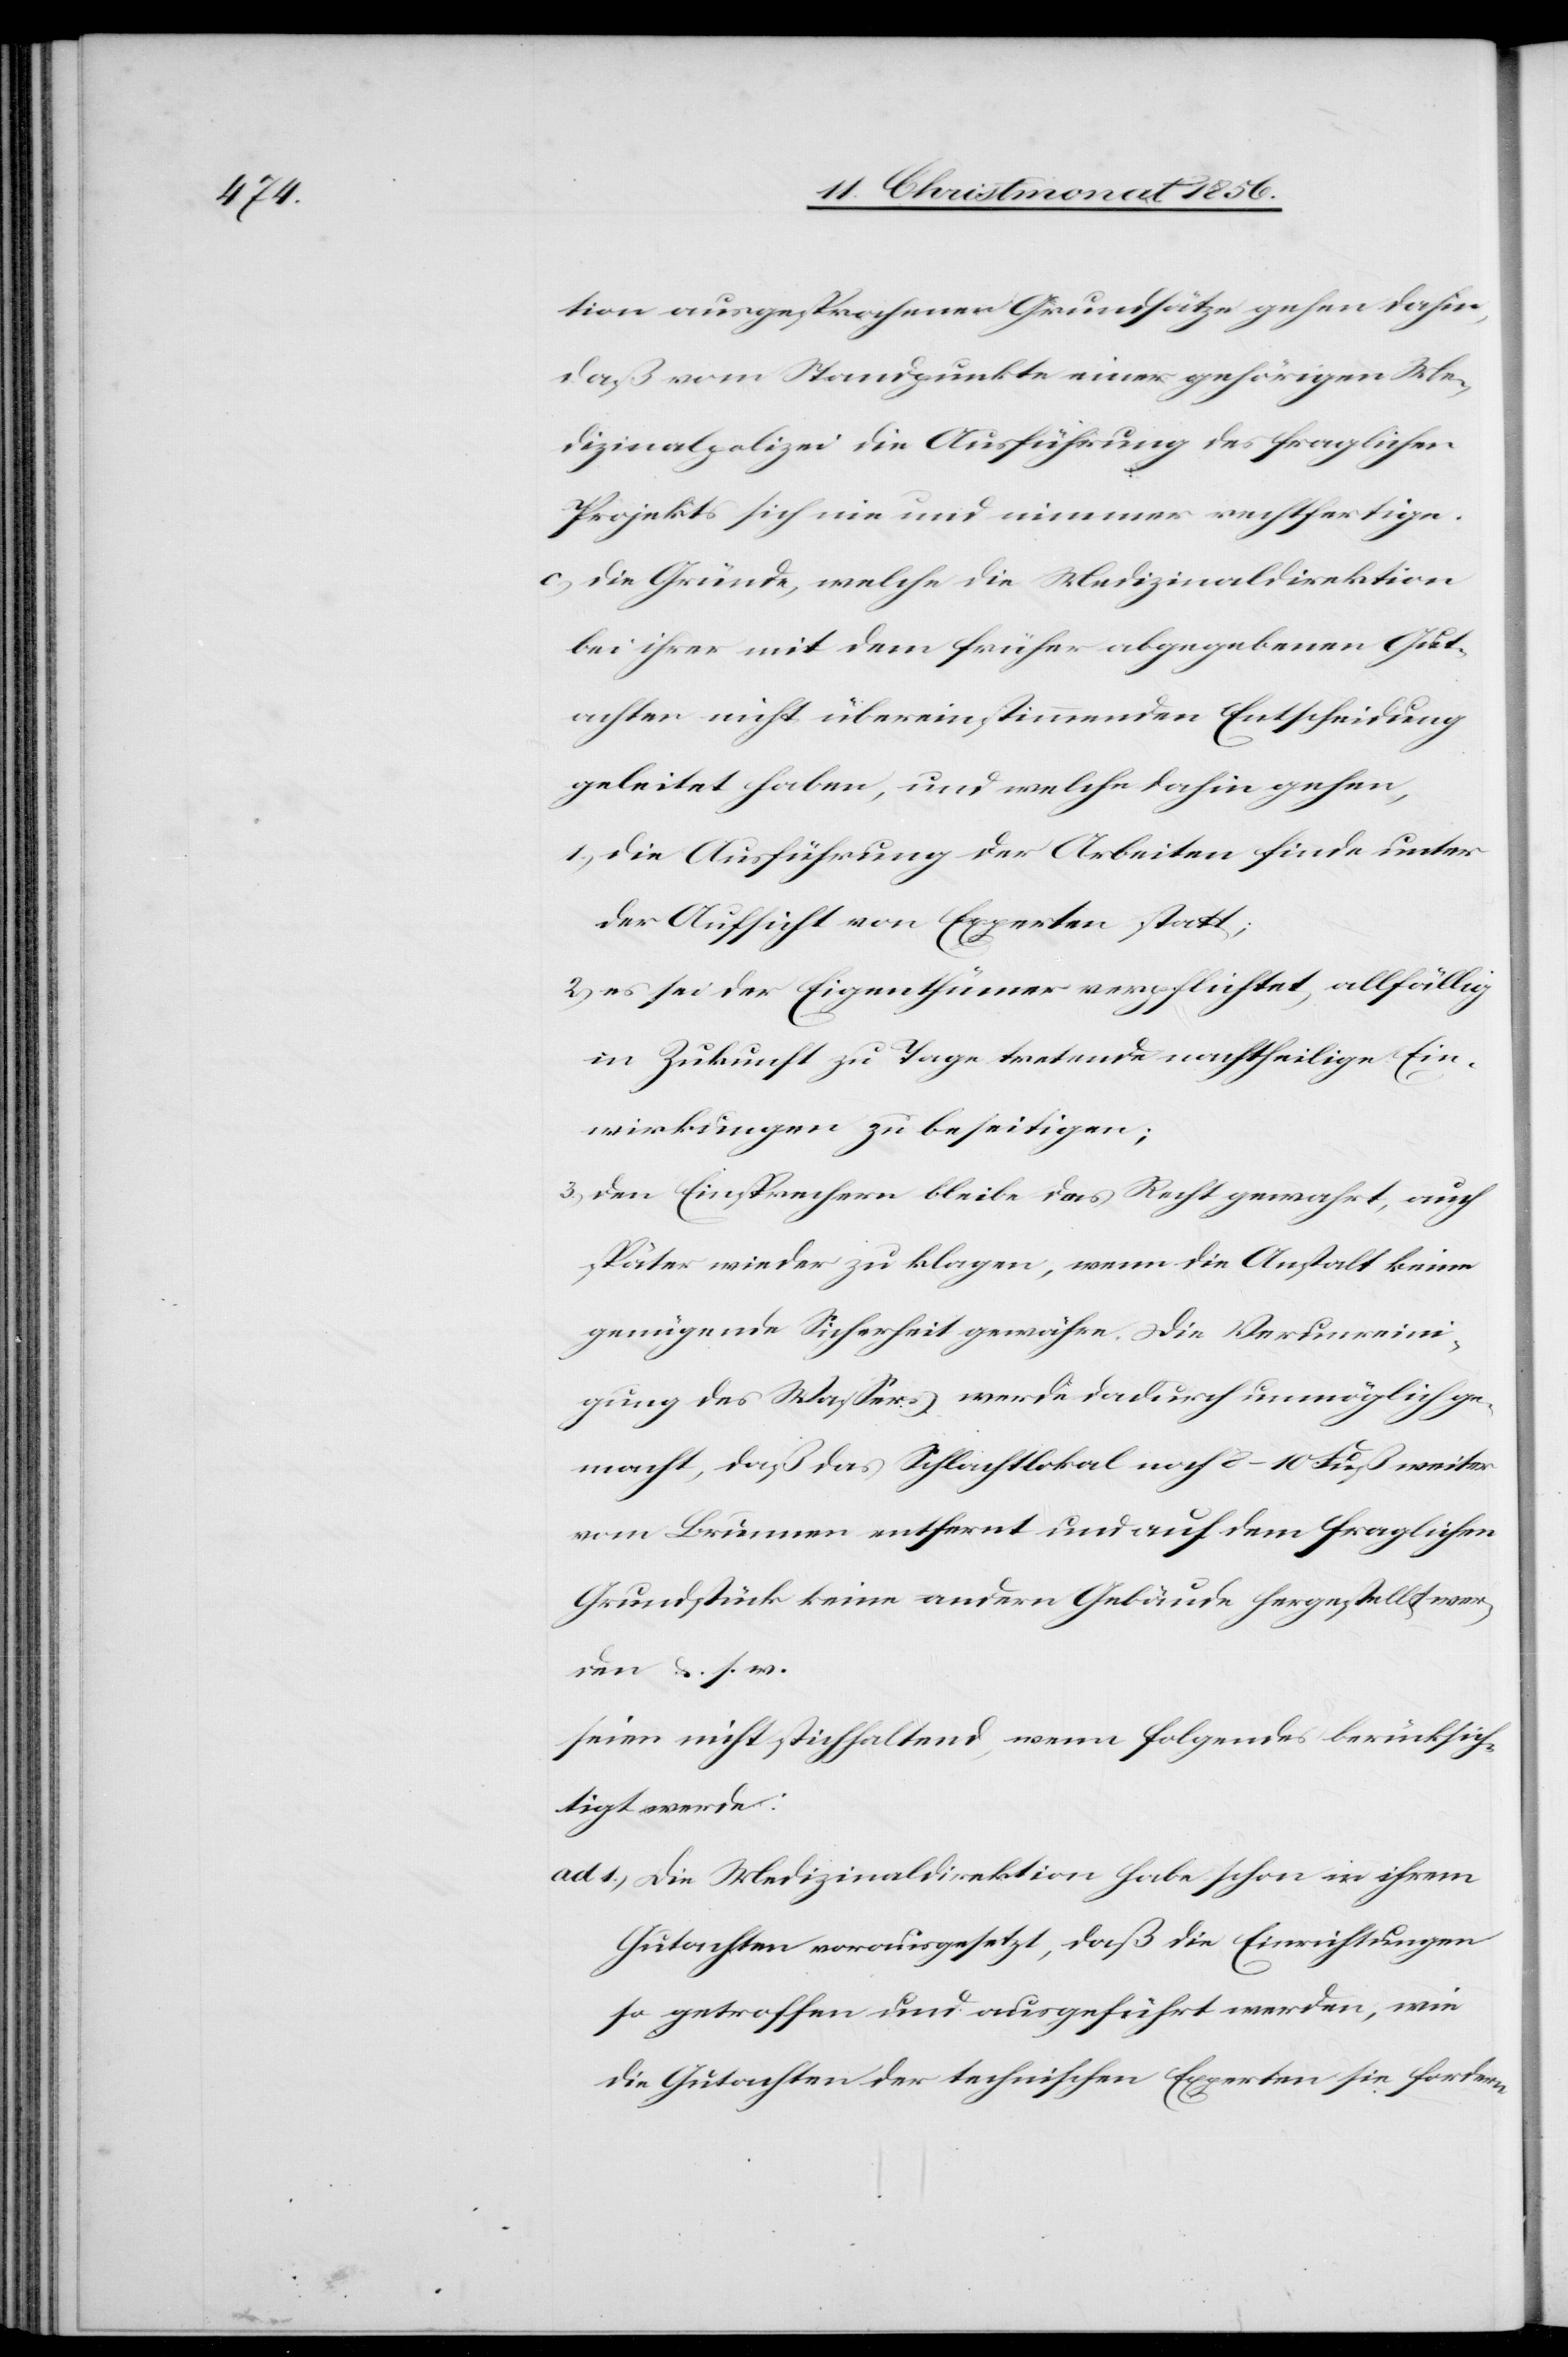
tion ausgesprochenen Grundsätze gehen dahin,
daß vom Standpunkte einer gehörigen Me¬
dizinalpolizei die Ausführung des fraglichen
Projekts sich nie und nimmer rechtfertige.
c) Die Gründe, welche die Medizinaldirektion
bei ihrer mit dem früher abgegebenen Gut¬
achten nicht übereinstimmenden Entscheidung
geleitet haben, und welche dahin gehen,
1.) die Ausführung der Arbeiten finde unter
der Aufsicht von Experten statt;
2) es sei der Eigenthümer verpflichtet, allfällig
in Zukunft zu Tage tretende nachtheilige Ein¬
wirkungen zu beseitigen;
3) den Einsprechern bleibe das Recht gewahrt, auch
später wieder zu klagen, wenn die Anstalt keine
genügende Sicherheit gewähre. Die Verunreini¬
gung des Wassers werde dadurch unmöglich ge¬
macht, daß das Schlachtlokal noch 8–10 Fuß weiter
vom Brunnen entfernt und auf dem fraglichen
Grundstück keine andern Gebäude hergestellt wer¬
den &. s. w.
seien nicht stichhaltend, wenn folgendes berücksich¬
tigt werde:
ad 1.) Die Medizinaldirektion habe schon in ihrem
Gutachten vorausgesetzt, daß die Einrichtungen
so getroffen und ausgeführt werden, wie
die Gutachten der technischen Experten sie fordern